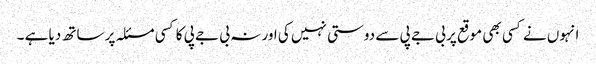
انہوں نے کسی بھی موقع پر بی جے پی سے دوستی نہیں کی اور نہ بی جے پی کا کسی مسئلہ پر ساتھ دیا ہے ۔